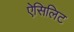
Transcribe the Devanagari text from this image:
ऐसिलिट